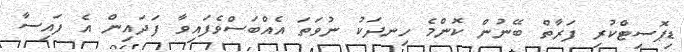
ޑިޕޮސިޓްކުރި ފަރާތް ބޭނުން ކޮންމެ ހިނދަކު ނުވަތަ އެއްބަސްވެފައިވާ ފަދައިން އެ ފައިސާ